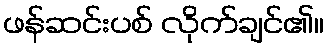
ဖန်ဆင်းပစ် လိုက်ချင်၏။